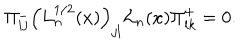
\Pi _ { i j } ^ { - } \left( L _ { n } ^ { 1 / 2 } ( x ) \right) _ { j l } { \cal L } _ { n } ( x ) \Pi _ { l k } ^ { + } = 0 .